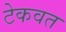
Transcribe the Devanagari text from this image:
टेकवत